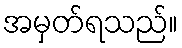
အမှတ်ရသည်။